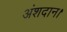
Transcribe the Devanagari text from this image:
अंशदान।